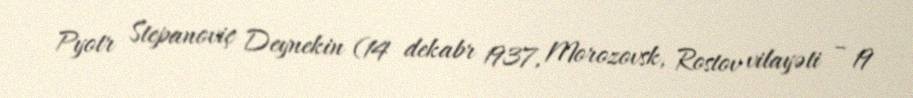
Pyotr Stepanoviç Deynekin (14 dekabr 1937, Morozovsk, Rostov vilayəti – 19